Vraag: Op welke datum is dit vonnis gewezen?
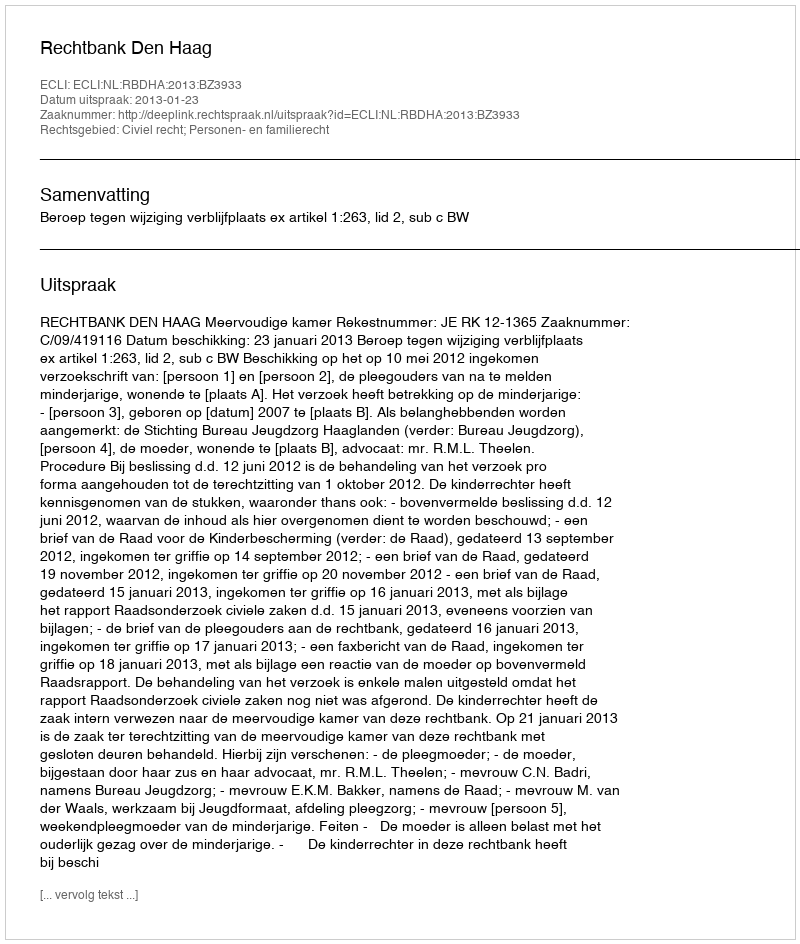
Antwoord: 2013-01-23